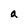
Character: a